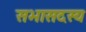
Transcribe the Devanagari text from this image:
सभासदस्य